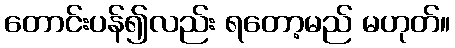
တောင်းပန်၍လည်း ရတော့မည် မဟုတ်။